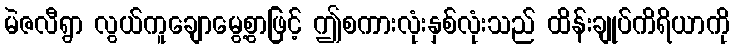
မဲဇလီရွာ လွယ်ကူချောမွေ့စွာဖြင့် ဤစကားလုံးနှစ်လုံးသည် ထိန်းချုပ်ကိရိယာကို